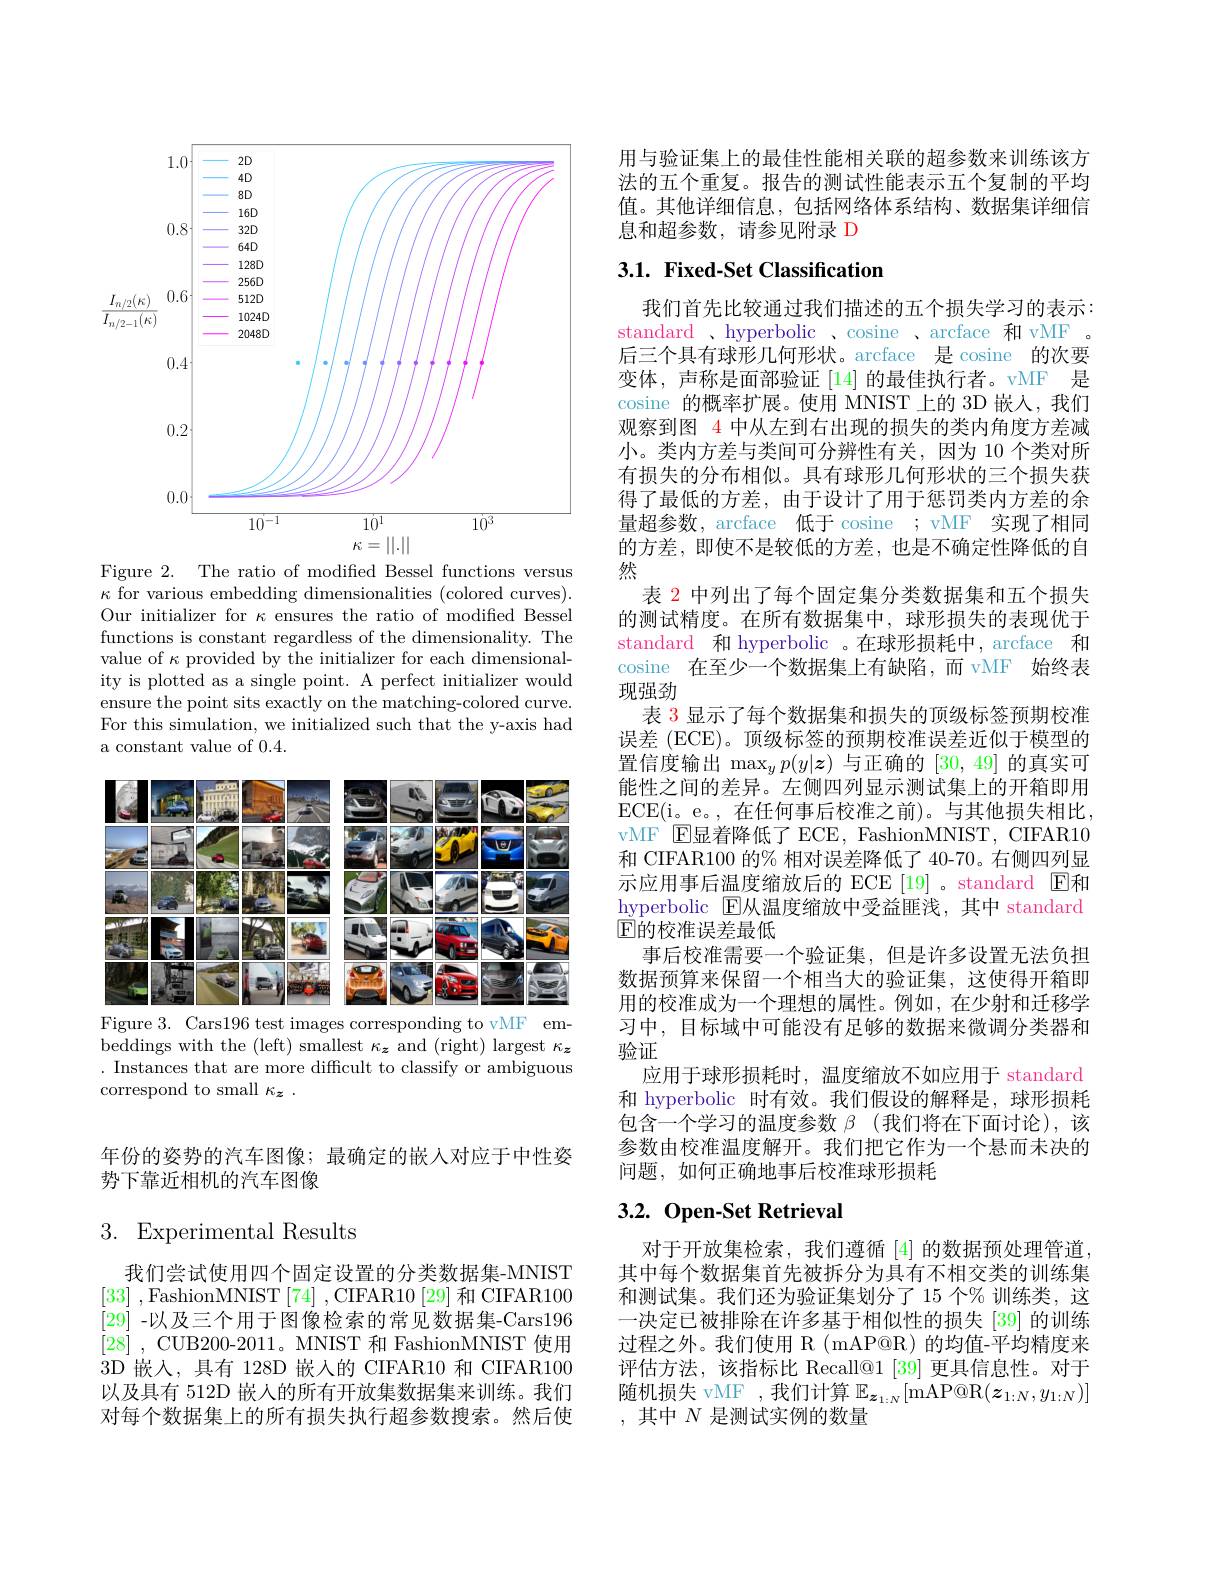
<FigureHere>

Figure 2. The ratio of modified Bessel functions versus $\kappa$ for various embedding dimensionalities (colored curves). Our initializer for $\kappa$ ensures the ratio of modified Bessel functions is constant regardless of the dimensionality. The value of $\kappa$ provided by the initializer for each dimensionality is plotted as a single point. A perfect initializer would ensure the point sits exactly on the matching-colored curve. For this simulation, we initialized such that the y-axis had a constant value of 0.4.

<FigureHere>

Figure 3. Cars196 test images corresponding to vMF embeddings with the (left) smallest $\kappa_{\boldsymbol{z}}$ and (right) largest $\kappa_{\boldsymbol{z}}$ . Instances that are more difficult to classify or ambiguous correspond to small $\kappa _{\boldsymbol{z}}$ .

年份的姿势的汽车图像；最确定的嵌人对应于中性姿
势下靠近相机的汽车图像

## 3. Experimental Results

我们尝试使用四个固定设置的分类数据集-MNIST [33] ,FashionMNIST[74] ,CIFAR10[29]和 CIFAR100 [29] -以及三个用于图像检索的常见数据集-Cars196 [28] , CUB200- 2011。MNIST 和 FashionMNIST 使用3D 嵌人，具有 128D 嵌入的 CIFAR10 和 CIFAR100以及具有 512D 嵌人的所有开放集数据集来训练。我们对每个数据集上的所有损失执行超参数搜索。然后使

用与验证集上的最佳性能相关联的超参数来训练该方法的五个重复。报告的测试性能表示五个复制的平均值。其他详细信息，包括网络体系结构、数据集详细信息和超参数，请参见附录 D

## 3.1. Fixed-Set Classification

我们首先比较通过我们描述的五个损失学习的表示： standard 、hyperbolic 、cosine 、arcface 和 vMF 。后三个具有球形几何形状。arcface 是 cosine 的次要变体，声称是面部验证[14]的最佳执行者。vMF 是cosine 的概率扩展。使用 MNIST 上的 3D 嵌人，我们观察到图 4 中从左到右出现的损失的类内角度方差减小。类内方差与类间可分辨性有关，因为 10 个类对所有损失的分布相似。具有球形几何形状的三个损失获得了最低的方差，由于设计了用于惩罚类内方差的余量超参数，arcface 低于 cosine ; vMF 实现了相同的方差，即使不是较低的方差，也是不确定性降低的自然
表 2 中列出了每个固定集分类数据集和五个损失的测试精度。在所有数据集中，球形损失的表现优于standard 和 hyperbolic 。在球形损耗中，arcface 和cosine 在至少一个数据集上有缺陷，而 vMF 始终表现强劲
表 3 显示了每个数据集和损失的顶级标签预期校准误差 (ECE)。顶级标签的预期校准误差近似于模型的置信度输出$\max_yp(y|\boldsymbol{z})$与正确的[30,49]的真实可能性之间的差异。左侧四列显示测试集上的开箱即用ECE(i。e。,在任何事后校准之前)。与其他损失相比， vMF $\operatorname{E}$显着降低了 ECE, FashionMNIST, CIFAR10和 CIFAR100 的% 相对误差降低了 40-70。右侧四列显示应用事后温度缩放后的 ECE [19] 。standard E和hyperbolic $\boxed{\mathrm{E}}$从温度缩放中受益匪浅，其中 standard $\mathbb{E}$的校准误差最低
事后校准需要一个验证集，但是许多设置无法负担数据预算来保留一个相当大的验证集，这使得开箱即用的校准成为一个理想的属性。例如，在少射和迁移学习中，目标域中可能没有足够的数据来微调分类器和验证
应用于球形损耗时，温度缩放不如应用于 standard 和 hyperbolic 时有效。我们假设的解释是，球形损耗包含一个学习的温度参数$\beta$ (我们将在下面讨论),该参数由校准温度解开。我们把它作为一个悬而未决的问题，如何正确地事后校准球形损耗

## 3.2. Open-Set Retrieval

对于开放集检索，我们遵循[4]的数据预处理管道， 其中每个数据集首先被拆分为具有不相交类的训练集和测试集。我们还为验证集划分了 15 个% 训练类，这一决定已被排除在许多基于相似性的损失[39] 的训练过程之外。我们使用 R (mAP@R) 的均值-平均精度来评估方法，该指标比 Recall@1[39] 更具信息性。对于随机损失 vMF ,我们计算$\mathbb{E} _{\boldsymbol{z}_{1: N}}[$mAP@ R$( \boldsymbol{z}_{1: N}, y_{1: N}) ]$ ,其中$N$ 是测试实例的数量